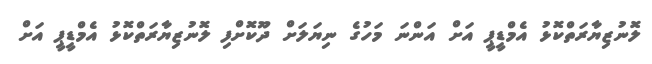
ލޮނުޒިޔާރަތްކޮޅު އެމްޑީޕީ އަށް އަންނަ މަހުގެ ނިޔަލަށް ދޫކޮށްފި ލޮނުޒިޔާރަތްކޮޅު އެމްޑީޕީ އަށް